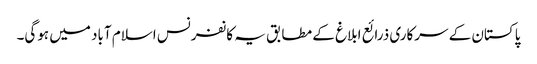
پاکستان کے سرکاری ذرائع ابلاغ کے مطابق یہ کانفرنس اسلام آباد میں ہوگی۔